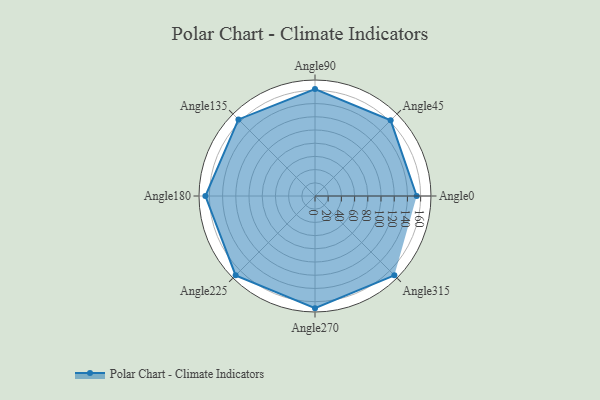
{"axis": {"x": "Angle", "y": "Radius"}, "legend": [""], "data": [{"x": "Angle0", "y": 154.0, "type": ""}, {"x": "Angle45", "y": 162.0, "type": ""}, {"x": "Angle90", "y": 162.0, "type": ""}, {"x": "Angle135", "y": 164.0, "type": ""}, {"x": "Angle180", "y": 166.0, "type": ""}, {"x": "Angle225", "y": 170.0, "type": ""}, {"x": "Angle270", "y": 170, "type": ""}, {"x": "Angle315", "y": 170, "type": ""}]}